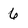
Character: 6